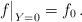
LaTeX: \begin{align*} f{\bigr|}_{Y=0}=f_0\,.\end{align*}